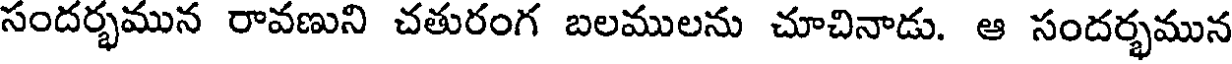
సందర్భమున రావణుని చతురంగ బలములను చూచినాడు. ఆ సందర్భమున